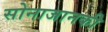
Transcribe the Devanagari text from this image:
सोनाजानकी